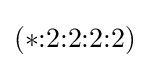
(*{:}2{:}2{:}2{:}2)